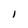
Character: l